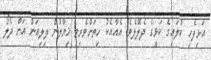
އަޅިފެހި ކުލައިގެ ކަޅީގެ ދެލޮލެވެ. އެއާއެކު ހިތަށްވެރިވި ޚިޔާލުން ލިލިއަން އަށް ދެލޯ